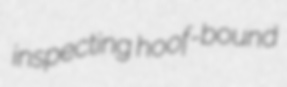
inspecting hoof-bound